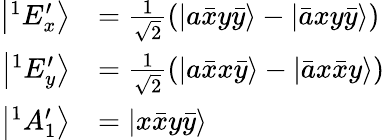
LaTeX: \begin{array}{rl}{\left|^{1}E_{x}^{\prime}\right\rangle}&{=\frac{1}{\sqrt{2}}\left(\left|a\bar{x}y\bar{y}\right\rangle-\left|\bar{a}xy\bar{y}\right\rangle\right)}\\ {\left|^{1}E_{y}^{\prime}\right\rangle}&{=\frac{1}{\sqrt{2}}\left(\left|a\bar{x}x\bar{y}\right\rangle-\left|\bar{a}x\bar{x}y\right\rangle\right)}\\ {\left|^{1}A_{1}^{\prime}\right\rangle}&{=\left|x\bar{x}y\bar{y}\right\rangle}\end{array}